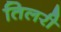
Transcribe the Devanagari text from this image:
तिलरी